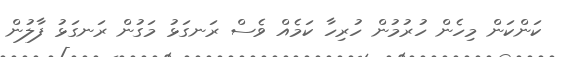
ކަންކަން މިހެން ހުރުމުން ހުރިހާ ކަމެއް ވެސް ރަނގަޅު މަގުން ރަނގަޅު ފާލުން